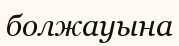
болжауына